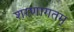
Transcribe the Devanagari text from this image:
शरणागतम्‌